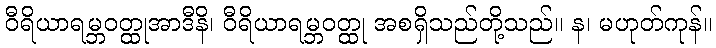
ဝီရိယာရမ္ဘဝတ္ထုအာဒီနိ၊ ဝီရိယာရမ္ဘဝတ္ထု အစရှိသည်တို့သည်။ န၊ မဟုတ်ကုန်။